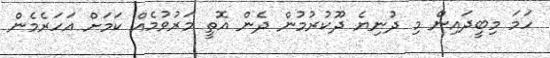
ހަމަ މިބީދައިން މި ދުނިޔެ ދޫކުރުމުން ދެން އޮތީ މަރުވުމެއް ކަމަށް އަހަރެމެން